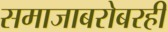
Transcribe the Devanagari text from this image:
समाजाबरोबरही